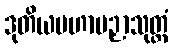
ဒုတိယမဟာပဉှာသုတ္တံ